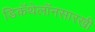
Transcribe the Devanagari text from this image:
डिकॅथेलॉनसारखी